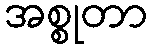
အစ္စုတာ